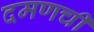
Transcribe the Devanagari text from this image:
दमणची